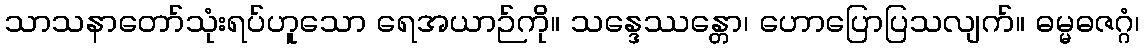
သာသနာတော်သုံးရပ်ဟူသော ရေအယာဉ်ကို။ သန္ဒေဿန္တော၊ ဟောပြောပြသလျက်။ ဓမ္မဓဇဂ္ဂံ၊